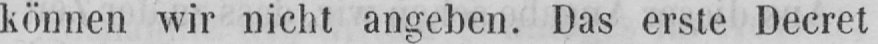
können wir nicht angeben. Das erste Decret